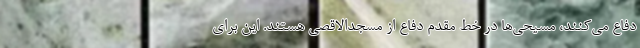
دفاع می‌کنند، مسیحی‌ها در خط مقدم دفاع از مسجدالاقصی هستند. این برای